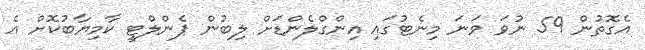
އެގޮތުން 59 ނުވަ ވަނަ މިނެޓުގައި އިންގްލެންޑަށް ލިބުން ޕެންލްޓީ ކާމިޔާބުކޮށް އެ